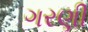
ગરણી